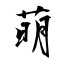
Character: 萌